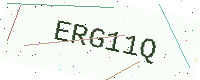
Text: ERG11Q